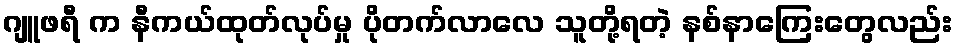
ဂျူဖရီ က နီကယ်ထုတ်လုပ်မှု ပိုတက်လာလေ သူတို့ရတဲ့ နစ်နာကြေးတွေလည်း